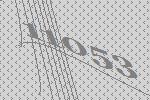
11053